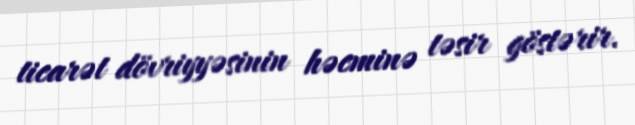
ticarət dövriyyəsinin həcminə təsir göstərir.